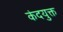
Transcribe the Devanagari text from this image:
कंदयुक्त